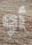
أو